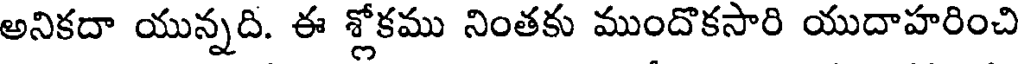
అనికదా యున్నది. ఈ శ్లోకము నింతకు ముందొకసారి యుదాహరించి